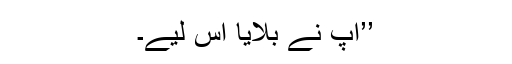
’’آپ نے بلایا اس لیے۔